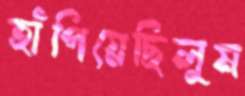
হাঁপিয়েছিলুম